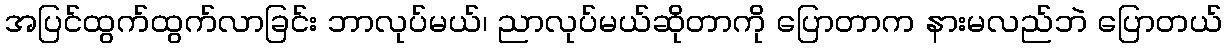
အပြင်ထွက်ထွက်လာခြင်း ဘာလုပ်မယ်၊ ညာလုပ်မယ်ဆိုတာကို ပြောတာက နားမလည်ဘဲ ပြောတယ်